Lunatic asylums Central Provinces reports 1910-1926 - 1910-1926
Year: 1910
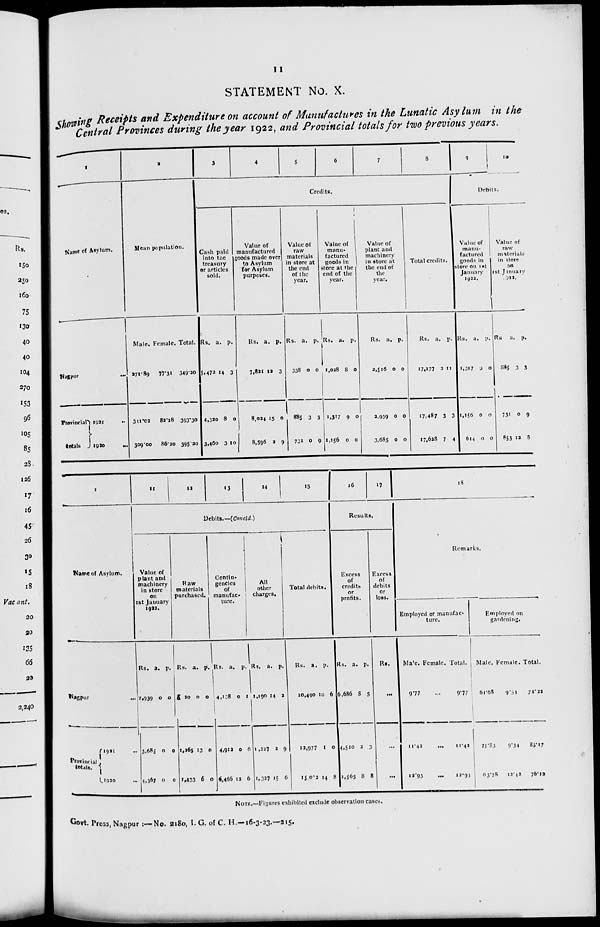
11
STATEMENT No. X.
Showing Receipts and Expenditure on account of Manufactures in the Lunatic Asylum in the
Central Provinces during the year 1922, and Provincial totals for two previous years.
1
Name of Asylum.
Nagpur
...
Provincial
totals
1921 ...
1920
...
2
Mean population.
Male.
271.89
311.02
309.00
Female.
77.31
82.28
86.30
Total.
349.20
393.30
395.20
3
4
5
6
7
8
Credits.
Cash paid
into the
treasury
or articles
sold.
Rs.
5,472
4,320
3,460
a.
14
8
3
p.
3
0
10
Value of
manufactured
goods made over
to Asylum
for Asylum
purposes.
Rs.
7,821
8,024
8,596
a.
12
15
3
p.
3
0
9
Value of
raw
materials
in store at
the end
of the
year.
Rs.
338
885
731
a.
0
3
0
p.
0
3
9
Value of
manu-
factured
goods in
store at the
end of the
year.
Rs.
1,028
1,317
1,156
a.
8
9
0
p.
0
0
0
Value of
plant and
machinery
in store at
the end of
the
year.
Rs.
2,516
2,939
3,685
a.
0
0
0
p.
0
0
0
Total credits.
Rs.
17,177
17,487
17,628
a.
2
3
7
p.
11
3
4
9
10
Debits.
Value of
manu-
factured
goods in
store on 1st
January
1932.
Rs.
1,317
1,156
614
a.
9
0
0
p.
0
0
0
Value of
raw
materials
in store
on
1st January
1922.
Rs.
885
731
853
a.
3
0
12
p.
3
9
8
1
Name of Asylum.
Nagpur ...
Provincial
total.
1921 ...
1920 ...
11
12
13
14
15
Debits.—(Concld.)
Value of
plant and
machinery
in store
on
1st January
1922.
Rs.
2,939
3,685
4,367
a.
0
0
0
p.
0
0
0
Raw
materials
purchased.
Rs.
20
1,265
1,433
a.
0
13
6
p.
0
0
0
Contin-
gencies
of
manufac-
ture.
Rs.
4,138
4,912
6,466
a.
0
0
13
p.
1
6
6
All
other
charges.
Rs.
1,190
1,227
1,327
a.
14
2
15
p.
3
9
6
Total debits.
Rs.
10,490
12,977
15,062
a.
10
1
14
p.
6
0
8
16
17
Results.
Excess
of
credits
or
profits.
Rs.
6,686
4,510
2,565
a.
8
2
8
p.
5
3
8
Excess
of
debits
or
loss.
Rs.
...
...
...
18
Remarks.
Employed or manufac-
ture.
Male.
9.77
11.42
12.93
Female.
...
...
...
Total.
9.77
11.42
12.93
Employed on
gardening.
Male.
61.68
75.83
83.78
Female.
9.54
9.34
12.42
Total.
71.22
85.17
76.12
NOTE.—Figures exhibited exclude observation cases.
Govt. Press, Nagpur :—No. 2180, I. G. of C. H.—16-3-23.—215.